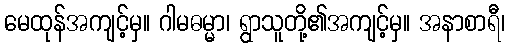
မေထုန်အကျင့်မှ။ ဂါမဓမ္မာ၊ ရွာသူတို့၏အကျင့်မှ။ အနာစာရီ၊